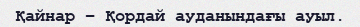
Қайнар – Қордай ауданындағы ауыл.